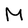
Character: M